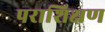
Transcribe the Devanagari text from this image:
पराशिक्षण